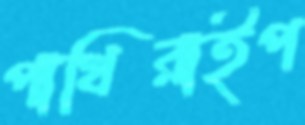
পাখিরাইপ